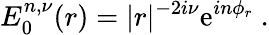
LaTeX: E_{0}^{n,\nu}(r)=|r|^{-2i\nu}\mathrm{e}^{in\phi_{r}}\ .